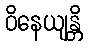
ဝိနေယျန္တိ